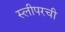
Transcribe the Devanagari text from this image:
स्लीपरची